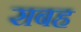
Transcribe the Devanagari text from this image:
सबह